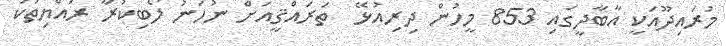
މުރައިދޫއަކީ އާބާދީގައި 853 މީހުން ދިރިއުޅޭ  ތަރައްޤީއަށް ނުހަނު ލޯބިކުރާ ރައްޔިތަކު